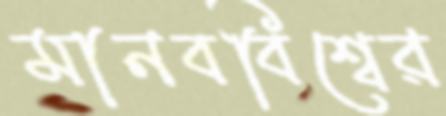
মানববিশ্বের